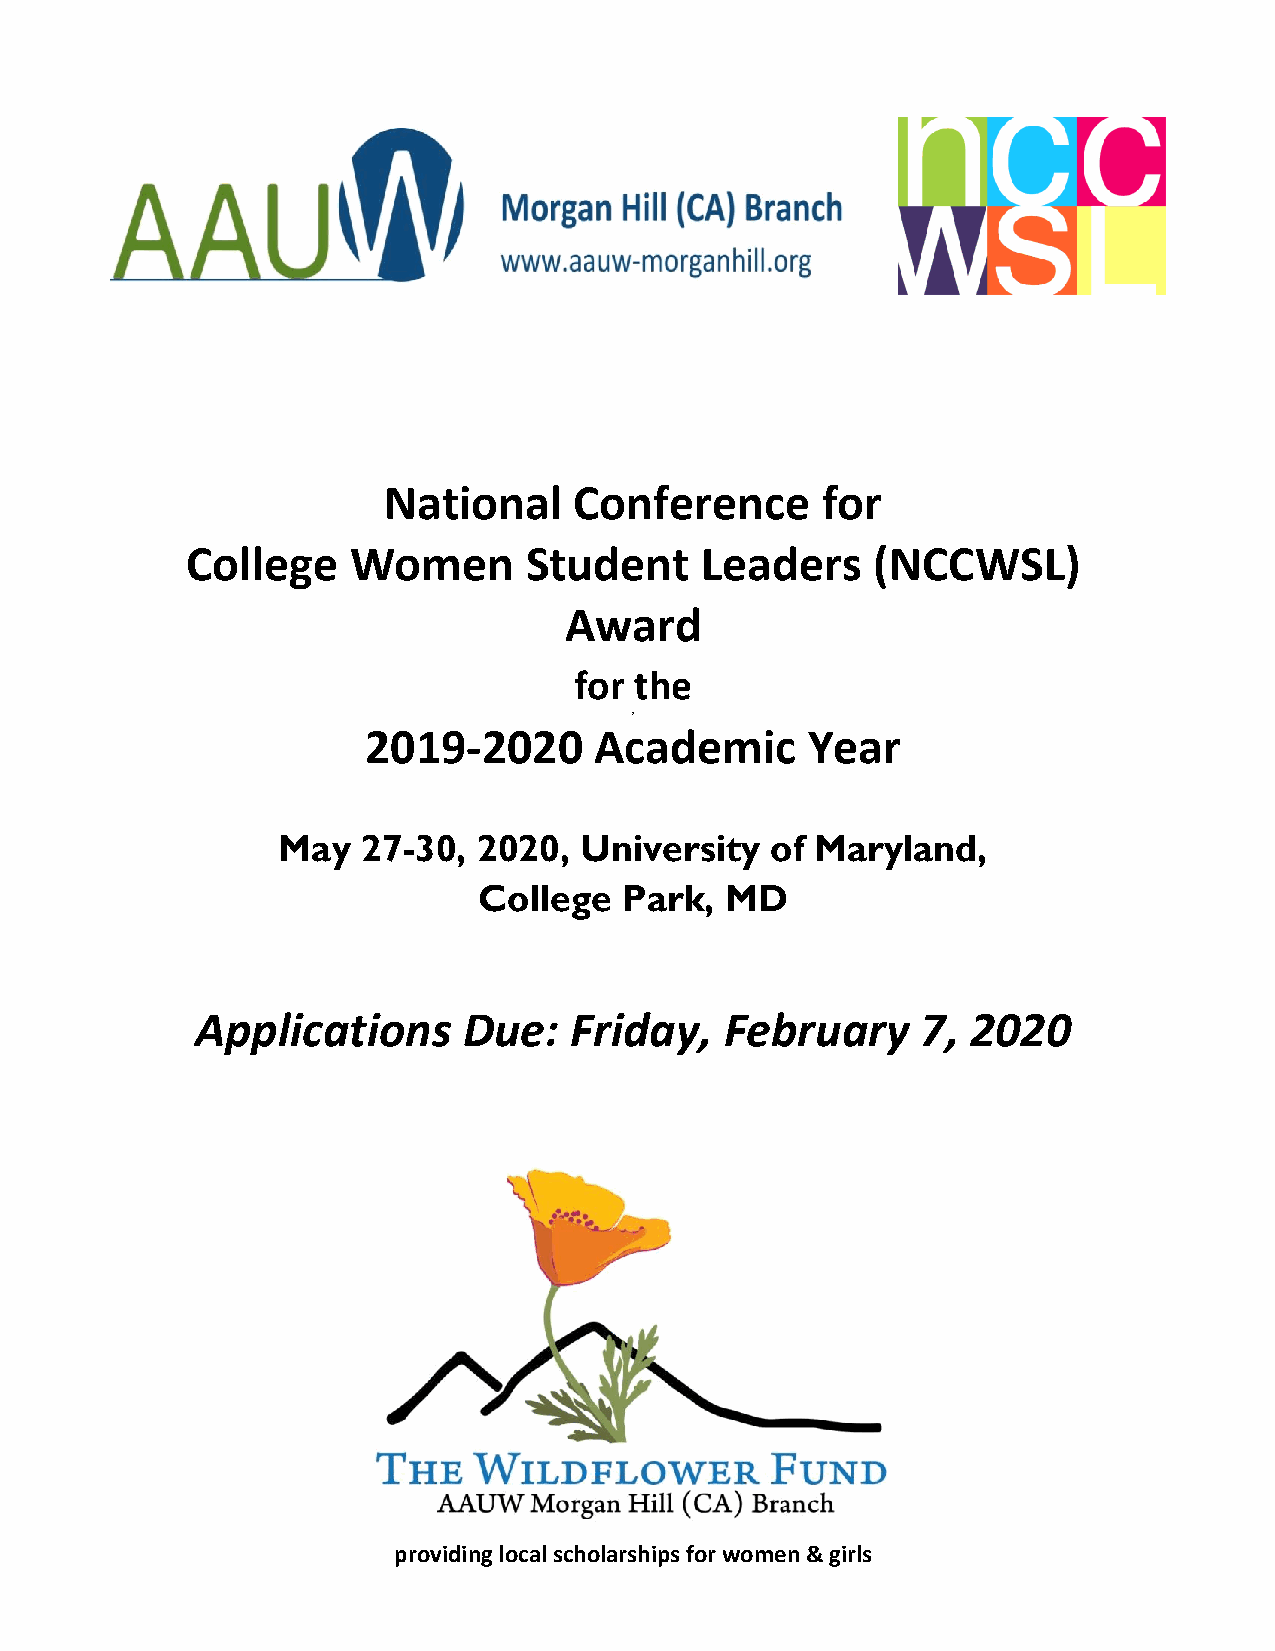
National     Conference      for
 College    Women       Student    Leaders     (NCCWSL)
 Award
 for the
 2
 2019-2020      Academic      Year
 May   27-30,  2020, University   of Maryland,
 College  Park,  MD
 Applications      Due:   Friday,   February     7, 2020
 providing local scholarships for women & girls